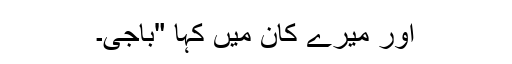
اور میرے کان میں کہا "باجی۔